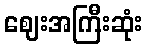
ဈေးအကြီးဆုံး